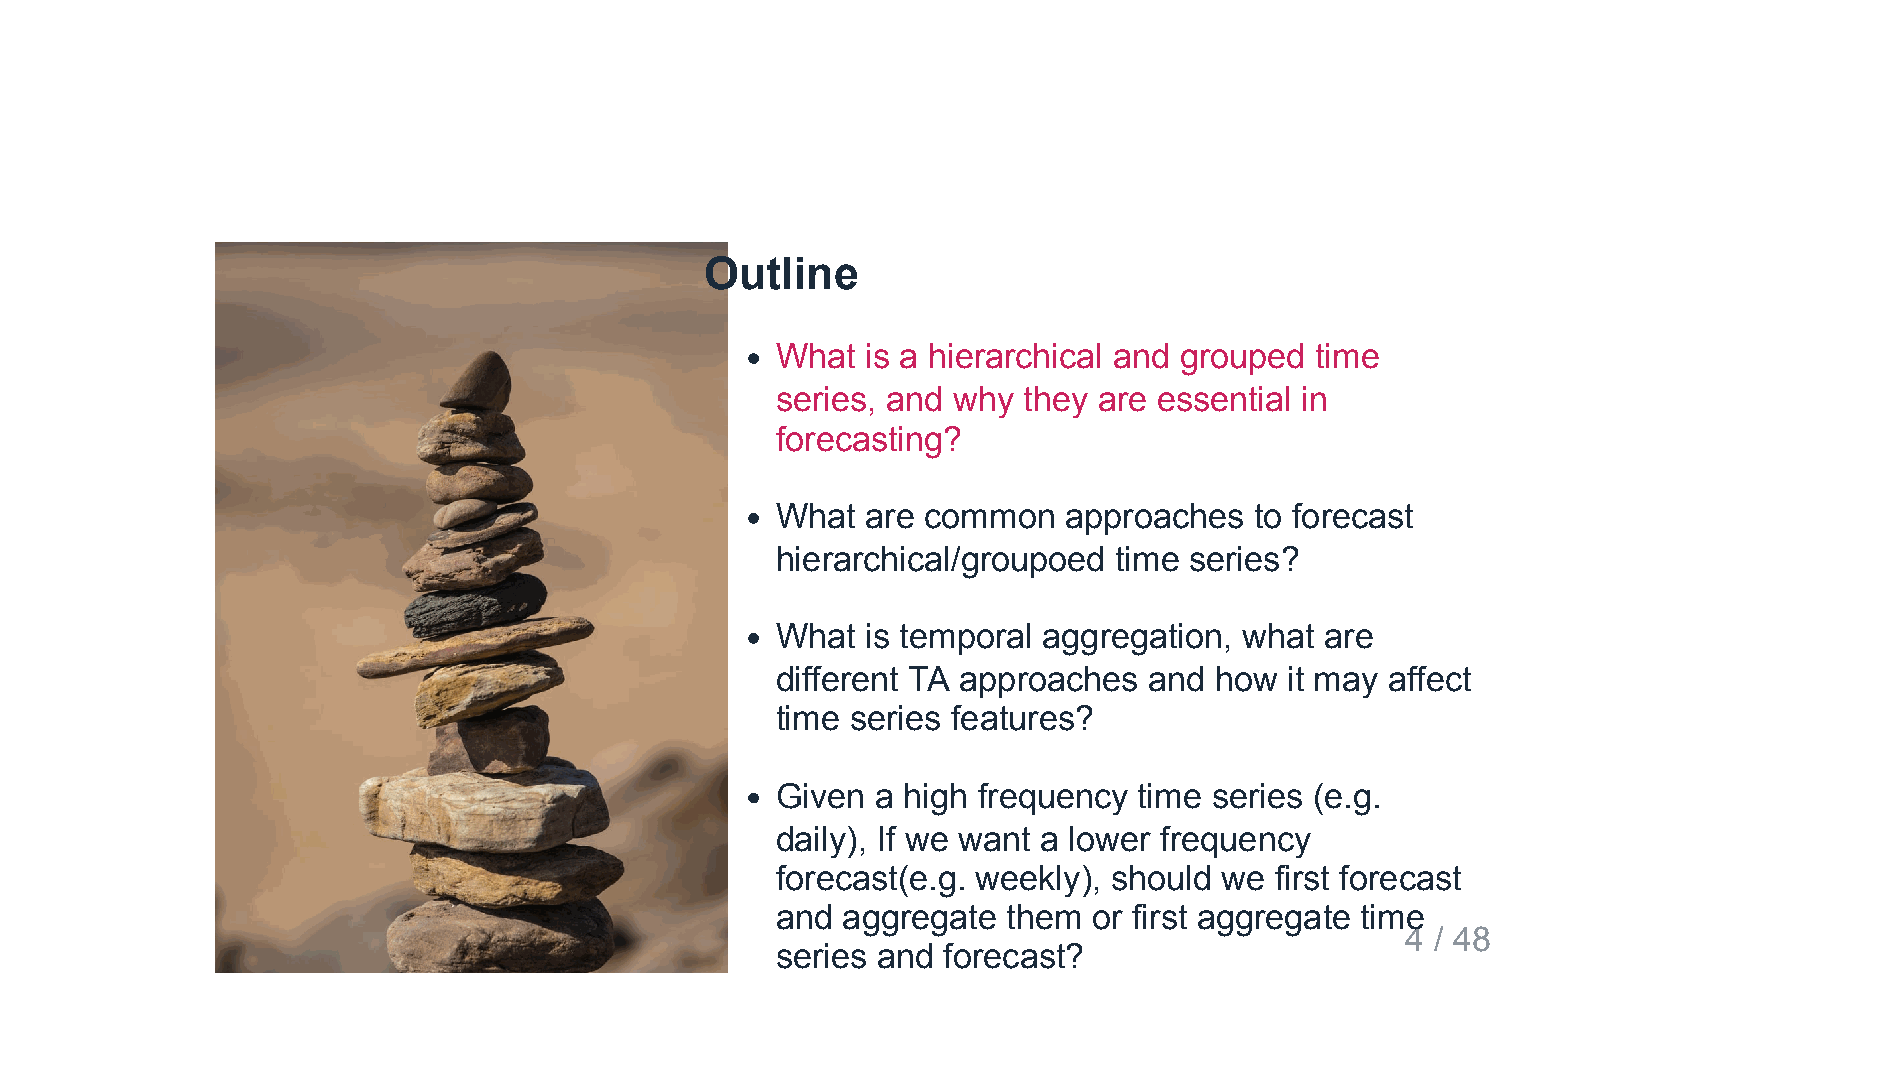
Outline
 What  is a hierarchical and grouped time
 series, and why  they are essential in
 forecasting?
 What  are common    approaches  to forecast
 hierarchical/groupoed  time series?
 What  is temporal aggregation, what  are
 different TA approaches  and how  it may affect
 time series features?
 Given  a high frequency time series (e.g.
 daily), If we want a lower frequency
 forecast(e.g. weekly), should we first forecast
 and  aggregate  them or first aggregate time
 4 / 48
 series and forecast?